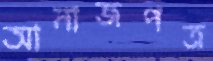
আনাজপত্র